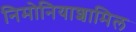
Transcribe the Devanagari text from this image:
निमोनियाशामिल